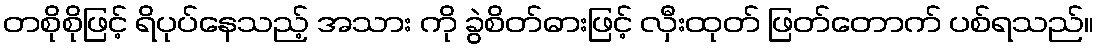
တစိုစိုဖြင့် ရိပုပ်နေသည့် အသား ကို ခွဲစိတ်ဓားဖြင့် လှီးထုတ် ဖြတ်တောက် ပစ်ရသည်။